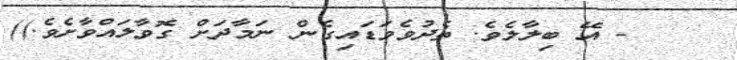
- އޭ ބިލާލެވެ. ތެދުވެވަޑައިގެން ނަމާދަށް ގޮވާލައްވާށެވެ.))